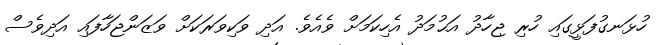
ހުޅަނގުފަޅީގައި ހުރި ޖިހާދު އަޙުމަދު އެހިކަމަށް ވެއެވެ. އަދި ވަކިވަރަކަށް ވަޒަންޖަހާފައި އަދިވެސް